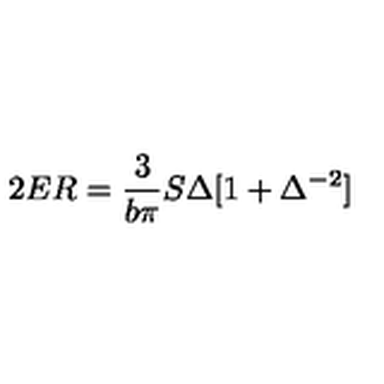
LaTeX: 2 E R = \frac { 3 } { b \pi } S \Delta [ 1 + \Delta ^ { - 2 } ]